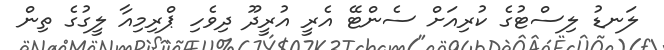
ލަނޑު ލިސްޓުގެ ކުރިއަށް ސެންޓޭ އެރީ އުރީދޫ ދިވެހި ޕްރިމިއާ ލީގުގެ ތިން